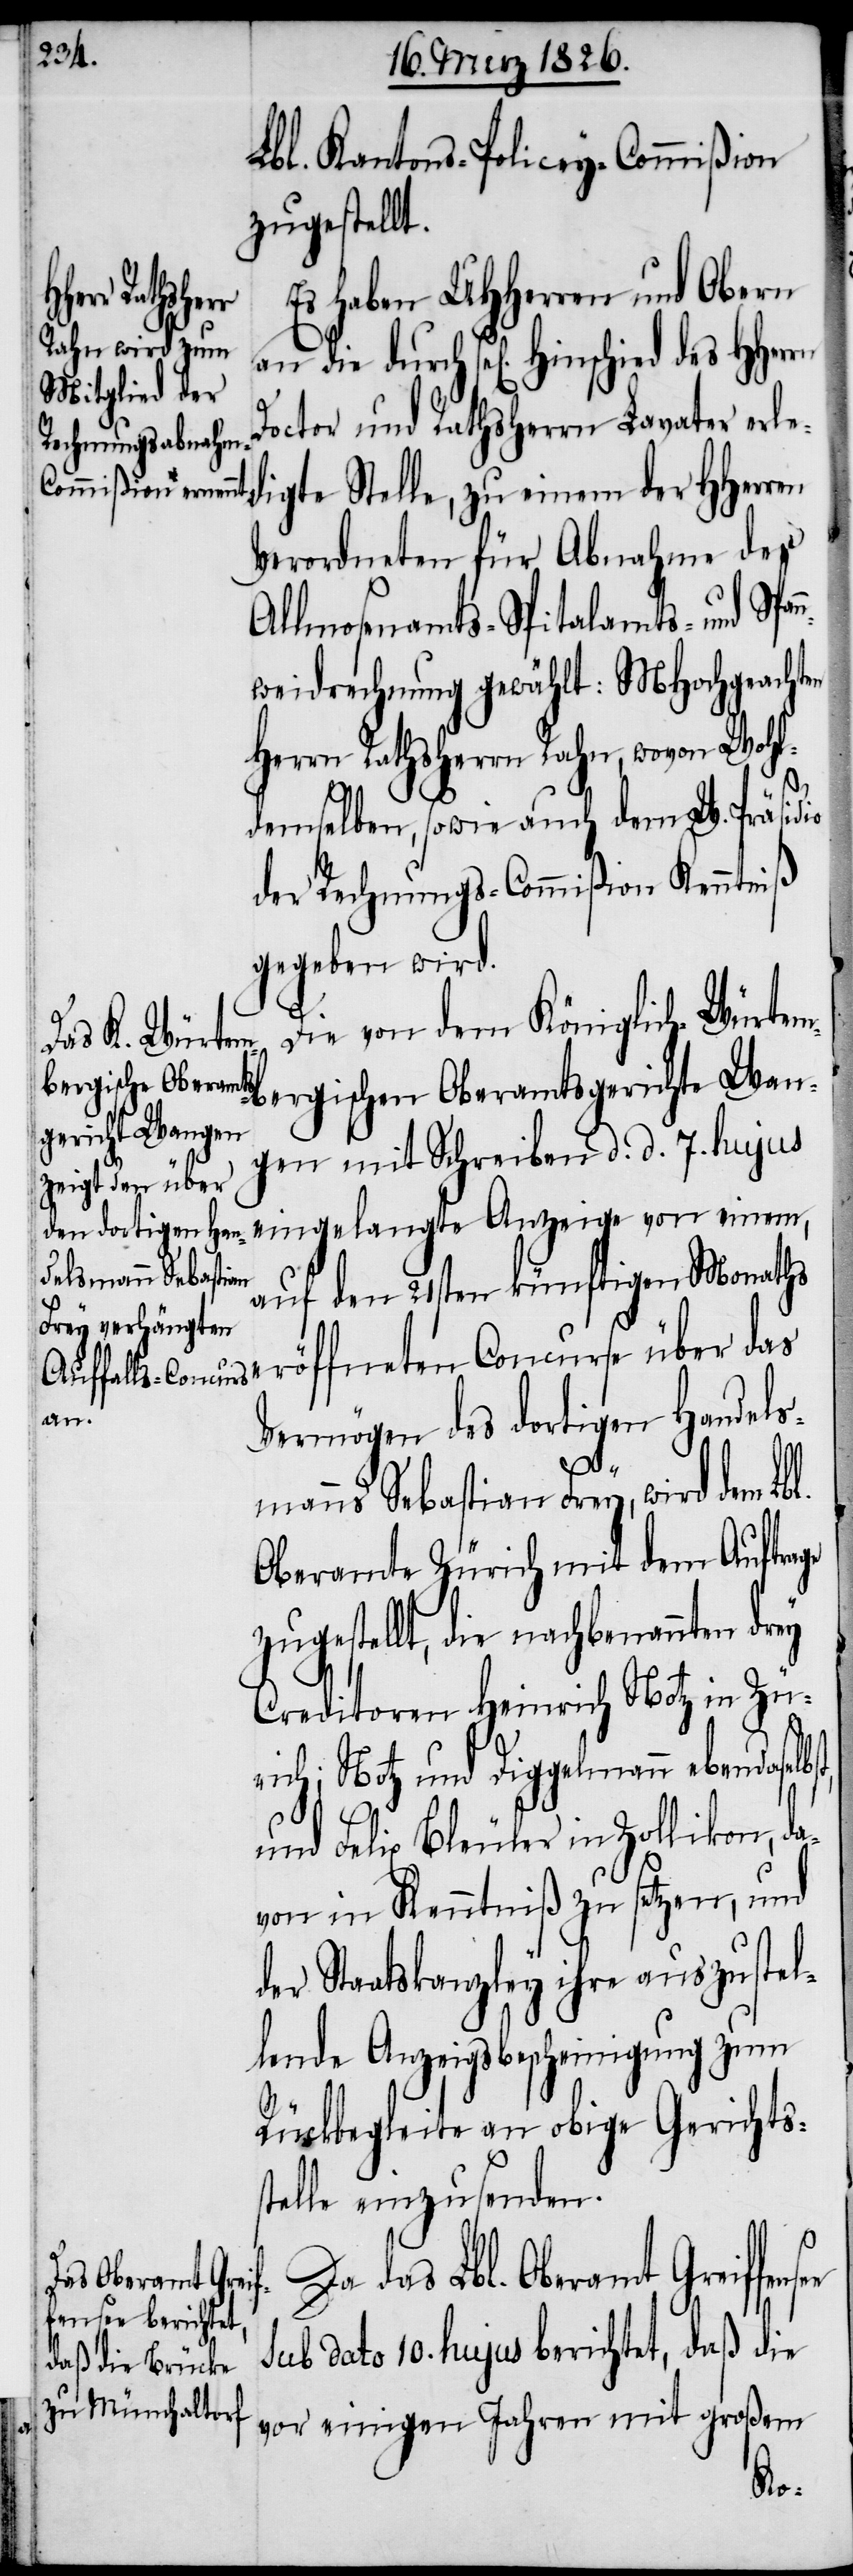
Lbl. Kantons-Policey-Commißion
zugestellt.
Es haben UHHerren und Obern
bergischen
Doctor und Rathsherrn Lavater erle¬
digte Stelle, zu einem der HHerren
Verordneten für Abnahme des
Allmosenamts- Spitalamts- und Span¬
nweidrechnung gewählt: MHochgeachten
Herrn Rathsherrn Rahn, wovon Wohl¬
demselben, sowie auch dem W. Präsidio
der Rechnungs-Commißion Kenntniß
gegeben wird.
Die von dem Königlich-Würtem¬
gerichte Wan¬
gen mit Schreiben d. d. 7. hujus
eingelangte Anzeige von einem,
auf den 21sten künftigen Monaths
eröffneten Concurse über das
an
Vermögen des dortigen Handels¬
s¬
manns Sebastian Frey, wird dem Lbl.
Oberamte Zürich mit dem Auftrage
zugestellt, die nachbenannten drey
Creditoren Heinrich Notz in Zü¬
rich; Notz und Dippelmann ebendaselb¬
und Felix Bleuler in Zollikon, da¬
von in Kenntniß zu setzen, und
der Staatskanzley ihre auszustel¬
lende Anzeigsbescheinigung zum
Rückbegleite an obige Gerichts¬
telle einzusenden.
Da das Lbl. Oberamt Greiffen¬
Oberamts¬
sub dato 10. hujus berichtet, daß die
vor einigen Jahren mit großem
see